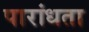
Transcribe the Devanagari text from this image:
पारांधता